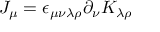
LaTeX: J _ { \mu } = \epsilon _ { \mu \nu \lambda \rho } \partial _ { \nu } K _ { \lambda \rho }